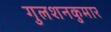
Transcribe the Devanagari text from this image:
गुलशनकुमार